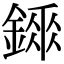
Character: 𨪼